Leaving Certificate Examination, 1919
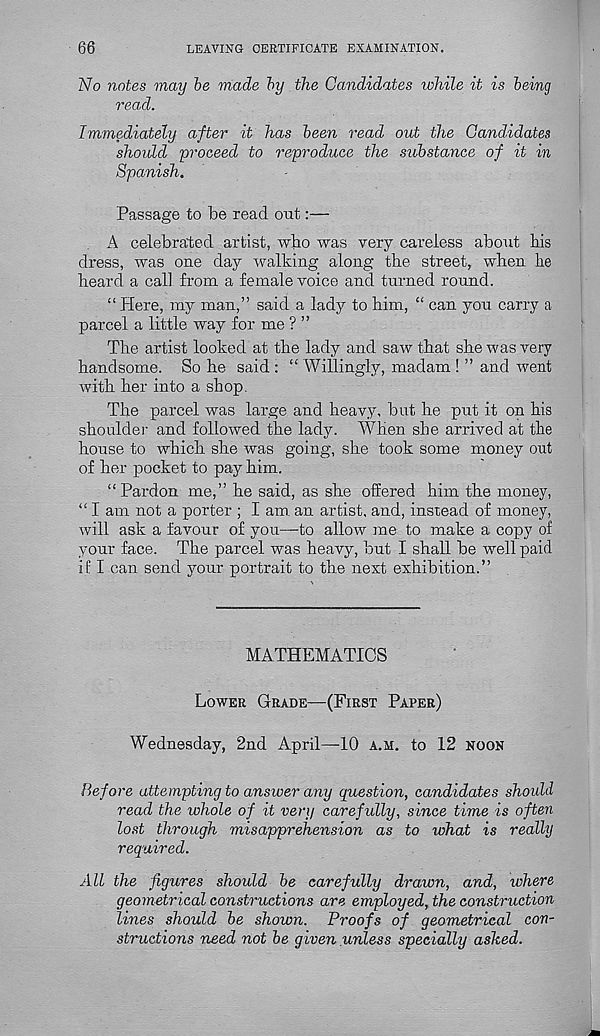
66
LEAVING CERTIFICATE EXAMINATION.
No notes may be made by the Candidates while it is being
read.
Immediately after it has been read out the Candidates
should proceed to reproduce the substance of it in
Spanish.
Passage to be read out:—
A celebrated artist, wbo was very careless about bis
dress, was one day walking along the street, when he
heard a call from, a female voice and turned round.
“ Here, my man,” said a lady to him, “ can you carry a
parcel a little way for me ? ”
The artist looked at the lady and saw that she was very
handsome. So he said : “ Willingly, madam ! ” and ivent
with her into a shop.
The parcel was large and heavy, but he put it on his
shoulder and followed the lady. When she arrived at the
house to which she was going, she took some money out
of her pocket to pay him.
“Pardon me,” he said, as she offered him the money,
“ I am not a porter ; I am. an artist, and, instead of money,
will ask a favour of you—to allow me to make a copy of
your face. The parcel was heavy, but I shall be well paid
if I can send your portrait to the next exhibition.”
MATHEMATICS
Lower Grade—(First Paper)
Wednesday, 2nd April—10 a.m. to 12 noon
Before attempting to answer any question, candidates should
read the whole of it very carefully, since time is often
lost through misapprehension as to what is really
required.
All the figures should be carefully drawn, and, where
geometrical constructions are employed, the construction
lines should be shown. Proofs of geometrical con-
structions need not be given unless specially asked.